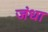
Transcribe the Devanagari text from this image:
जंधा